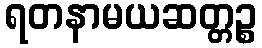
ရတနာမယဆတ္တဉ္စ